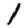
Digit: 1